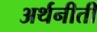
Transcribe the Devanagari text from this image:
अर्थनीती